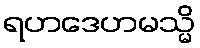
ရဟဒေဟမသ္မိ